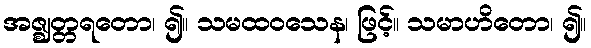
အဇ္ဈတ္တရတော၊ ၍။ သမထဝသေန၊ ဖြင့်။ သမာဟိတော၊ ၍။